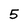
Character: 5